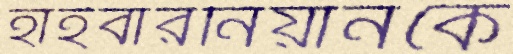
হাইবারনিয়ানকে